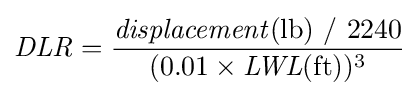
{\mathit {DLR}}={\frac {{\mathit {displacement}}(\mathrm {lb} )~/~2240}{(0.01\times {\mathit {LWL}}(\mathrm {ft} ))^{3}}}